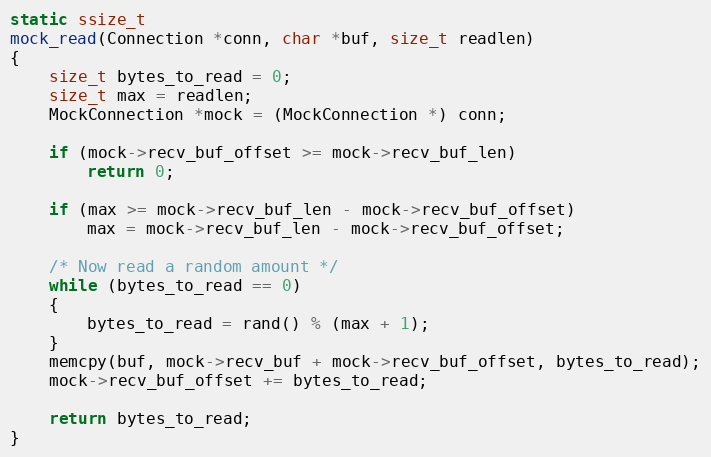
Language: C
static ssize_t
mock_read(Connection *conn, char *buf, size_t readlen)
{
	size_t bytes_to_read = 0;
	size_t max = readlen;
	MockConnection *mock = (MockConnection *) conn;

	if (mock->recv_buf_offset >= mock->recv_buf_len)
		return 0;

	if (max >= mock->recv_buf_len - mock->recv_buf_offset)
		max = mock->recv_buf_len - mock->recv_buf_offset;

	/* Now read a random amount */
	while (bytes_to_read == 0)
	{
		bytes_to_read = rand() % (max + 1);
	}
	memcpy(buf, mock->recv_buf + mock->recv_buf_offset, bytes_to_read);
	mock->recv_buf_offset += bytes_to_read;

	return bytes_to_read;
}